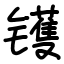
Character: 镬